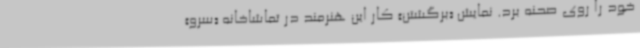
خود را روی صحنه برد. نمایش «برگشتن» کار این هنرمند در تماشاخانه «سرو»